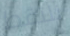
نلتقط